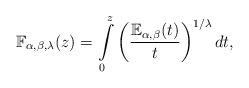
LaTeX: \begin{align*}\mathbb{F}_{\alpha ,\beta ,\lambda }(z)=\int\limits_{0}^{z}\left( \frac{\mathbb{E}_{\alpha ,\beta }(t)}{t}\right) ^{1/\lambda }dt,\end{align*}